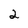
Character: 2